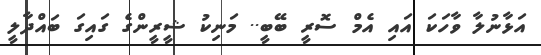
އަޅާނުލާ ވާހަކަ އައި އެމް ސޮރީ ބޭބީ.. މަނިކު ޝީރީންގެ ގައިގަ ބައްދާލީ